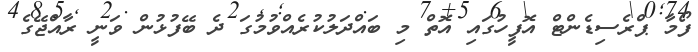
ފޯމާ ޕްރެސިޑެންޓް އޮފީހުގައި އޮތް މި ބައްދަލުކުރެއްވުމުގަ ދެ ބޭފުޅުން ވަނީ ރާއްޖޭގެ